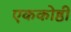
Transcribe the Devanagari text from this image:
एककोष्ठी